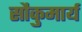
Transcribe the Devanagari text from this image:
सौकुमार्य